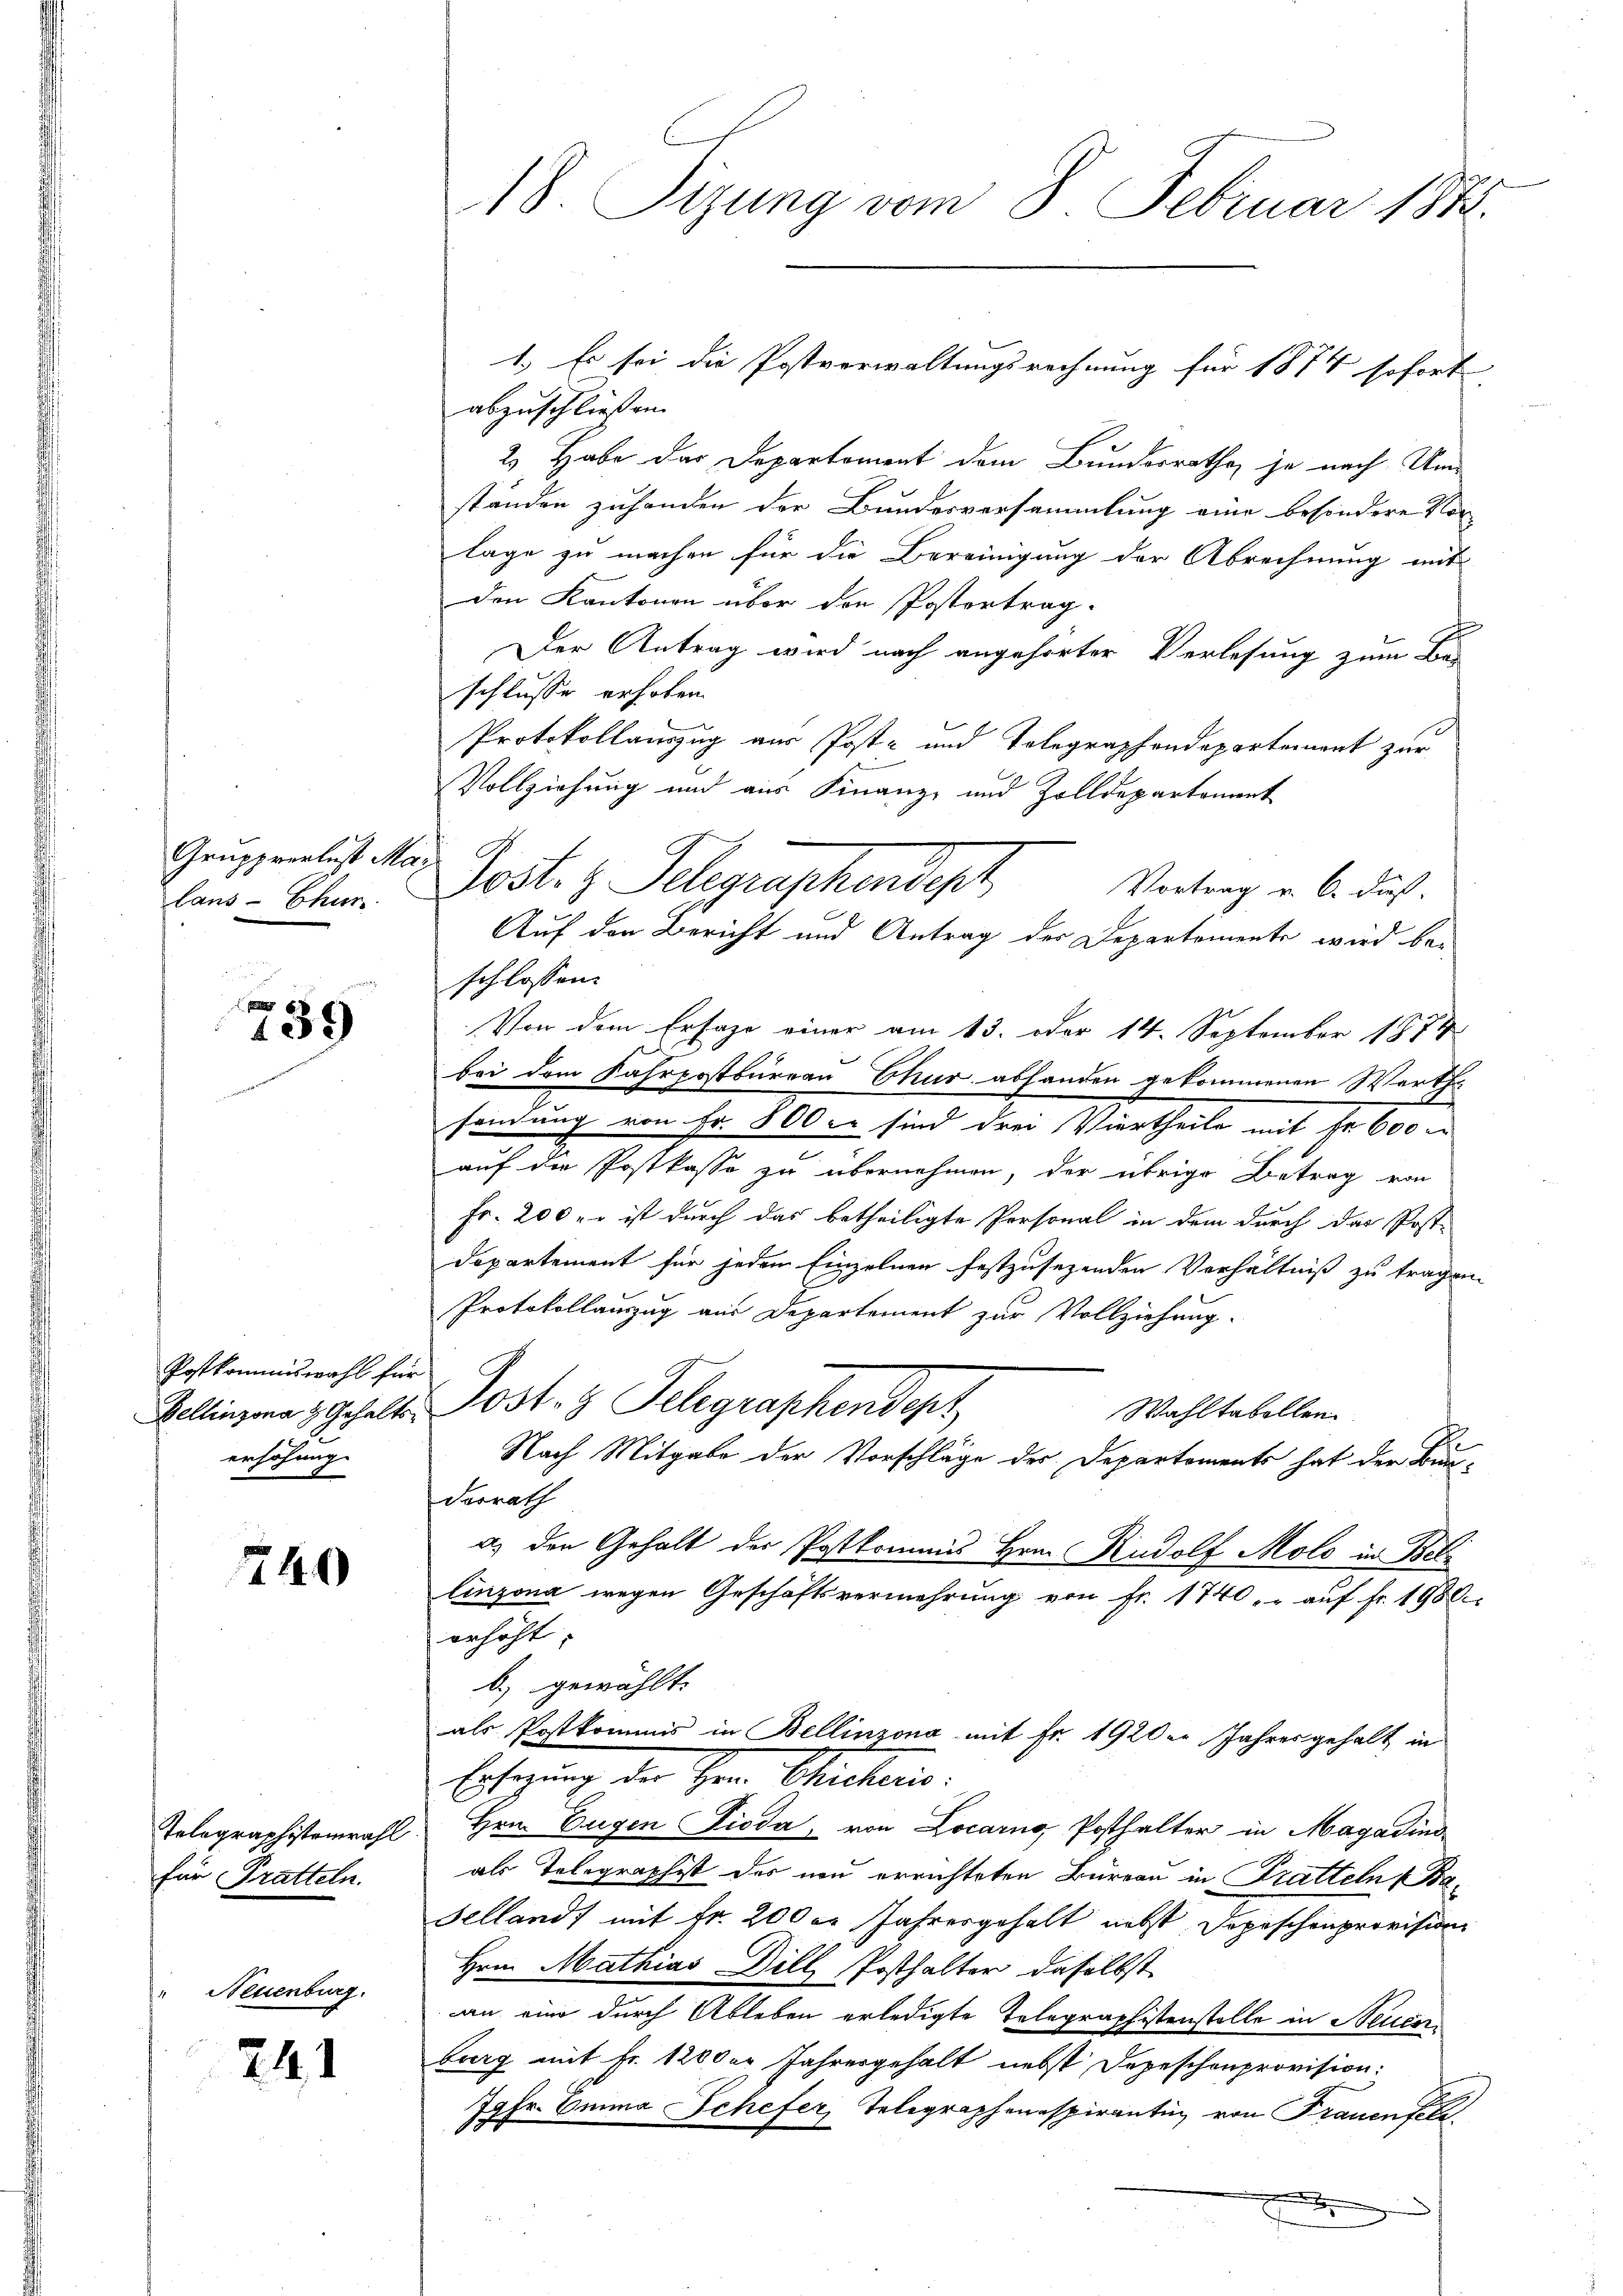
Grupprerlust Mar
laus- Chur

6
109

Postkommiswahl für
Bellinzona  Gehaltserhöhung

240

Telegraphistenwahl.
für Tratteln.

Neuenburg.

241

18. Sizung vom 8. Februar 1874.

abzuschliessen.
2. Habe der Departement dem Bundesrathe, je nach Umständen zuhanden der Bundesversammlung eine besondere Vor
lage zu machen für die Bereinigung der Abrechnung mit
den Kantonen über die Postertrag.
Der Antrag wird nach angehörter Verlesung zum Be
schlusse erhoben.
Protokollauszug aus Post- und Tolegraphendepartement zur
n
Vollziehung und aus Finanz- und Zolldepartement
Vortrag u. 6. dieß.
Auf den Bericht und Antrag der Departemente wird be-
schlossen:
Von dem Ersage einer am 13. oder 14. September 1874
bei dem Fahrpostbureau Chur abhanden gekommenen Werth
sendung von Fr. 800 er sind drei Viertheile mit Fr. 600.
auf die Postkasse zu übernehmen, der übrige Betrag von
Fr. 200 u. ist durch das betheiligte Personal in dem durch das Post-
departement für jedem Einzelnen festzusehenden Verhältniß zu tragen.
Protokollauszug aus Departement zur Vollziehung.
Post. 3. Telegraphendepr
Wahltabellen.
Nach Mitgabe der Vorschläge der Departements hat der Bun-
Ferrath
a. den Gehalt der Postkommnes Hrn. Rudolf Molo in Bet
linzona wegen Geschäftsvermehrung von Fr. 1740 " " auf fr. 1980
erhöht.
b.) gewählt.
als Postkommis in Bellinzona mit Fr. 1920. Jahresgehalt in
Ersezung der Herr Chrcheris
Hrn. Eugen Pioda, von Locarno, Posthalter in Magadins
als Telegraphist des neu errichteten Bureau in Bratteln (Ba¬
Sellands mit Fr. 2000 Jahresgehalt nebst Dopischenprovision
Hrn. Mathias Dill Posthalter daselbst
an eine durch Ableben erledigte Telegraphistenstelle in Neucerburg mit Fr. 1200er Jahresgehalt nebst Depeschenprovision:
79 Fr. Emma Schefer, Telegraphenaspirantin von Frauenfeld.
x

1.) Es sei die Postverwaltungsrechnung für 1874 sofort

Post. v. Gelegraphendept,